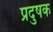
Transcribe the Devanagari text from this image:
प्रदुषक